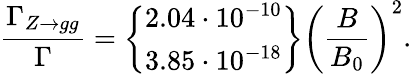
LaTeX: \frac{\Gamma_{Z\rightarrow gg}}{\Gamma}=\left\{ \begin{array}{c}{{2.04\cdot 10^{-10}}}\\ {{3.85\cdot 10^{-18}}}\end{array}\right\} \biggl(\frac{B}{B_{0}}\biggr)^{2}.